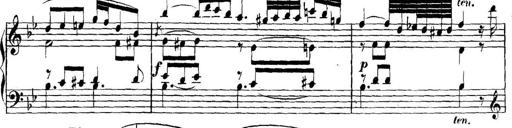
Title: Collected Piano Sonatas
Composer: Muzio Clementi